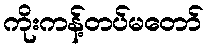
ကိုးကန့်တပ်မတော်